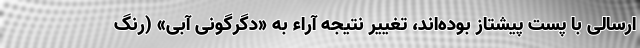
ارسالی با پست پیشتاز بوده‌اند، تغییر نتیجه آراء به «دگرگونی آبی» (رنگ